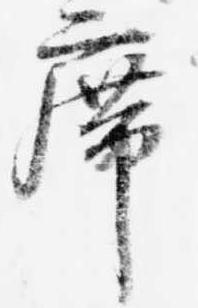
席